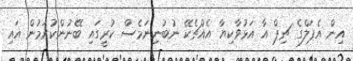
އިން އެޕަލްގެ ޗިޕް އާ އަޅުވާކިޔާ އެއްޗެކޭ ނުބުނިނަމެސް ކުރީގައި ބޭނުންކުރަމުން އައި